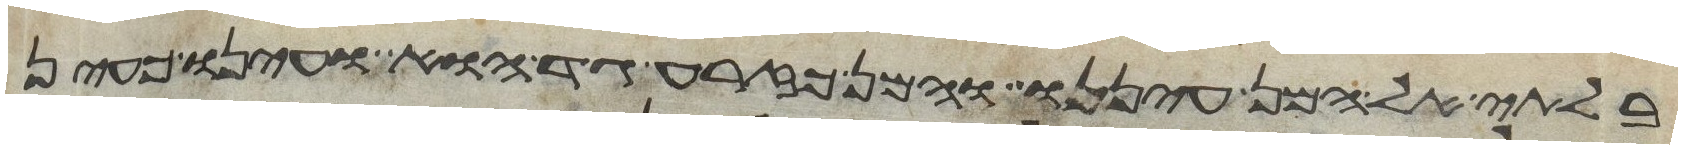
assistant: בלתי אל המן עיננו והמן כזרע גד הוא ועינו כעין